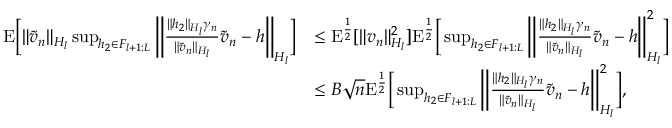
\begin{array} { r l } { \mathrm { E } \bigg [ \Vert \tilde { v } _ { n } \Vert _ { H _ { l } } \operatorname* { s u p } _ { h _ { 2 } \in F _ { l + 1 : L } } \bigg \Vert \frac { \Vert h _ { 2 } \Vert _ { H _ { l } } \gamma _ { n } } { \Vert \tilde { v } _ { n } \Vert _ { H _ { l } } } \tilde { v } _ { n } - h \bigg \Vert _ { H _ { l } } \bigg ] } & { \le \mathrm { E } ^ { \frac 1 2 } [ \Vert v _ { n } \Vert _ { H _ { l } } ^ { 2 } ] \mathrm { E } ^ { \frac 1 2 } \bigg [ \operatorname* { s u p } _ { h _ { 2 } \in F _ { l + 1 : L } } \bigg \Vert \frac { \Vert h _ { 2 } \Vert _ { H _ { l } } \gamma _ { n } } { \Vert \tilde { v } _ { n } \Vert _ { H _ { l } } } \tilde { v } _ { n } - h \bigg \Vert _ { H _ { l } } ^ { 2 } \bigg ] } \\ & { \le B \sqrt { n } \mathrm { E } ^ { \frac 1 2 } \bigg [ \operatorname* { s u p } _ { h _ { 2 } \in F _ { l + 1 : L } } \bigg \Vert \frac { \Vert h _ { 2 } \Vert _ { H _ { l } } \gamma _ { n } } { \Vert \tilde { v } _ { n } \Vert _ { H _ { l } } } \tilde { v } _ { n } - h \bigg \Vert _ { H _ { l } } ^ { 2 } \bigg ] , } \end{array}